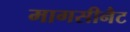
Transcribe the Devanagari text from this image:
मागसीनैट